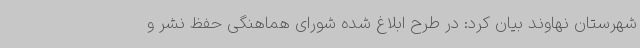
شهرستان نهاوند بیان کرد: در طرح ابلاغ شده شورای هماهنگی حفظ نشر و